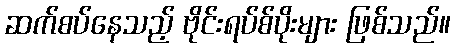
ဆက်စပ်နေသည့် ဗိုင်းရပ်စ်ပိုးများ ဖြစ်သည်။